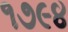
૧૭૯૪